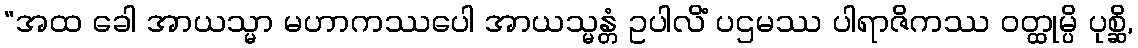
“အထ ခေါ အာယသ္မာ မဟာကဿပေါ အာယသ္မန္တံ ဥပါလိံ ပဌမဿ ပါရာဇိကဿ ဝတ္ထုမ္ပိ ပုစ္ဆိ,